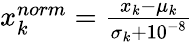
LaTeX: \begin{array}{r}{x_{k}^{norm}=\frac{x_{k}-\mu_{k}}{\sigma_{k}+10^{-8}}}\end{array}